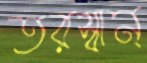
তরস্বান্‌